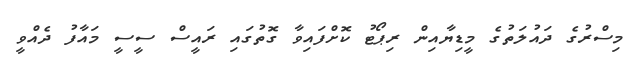
މިސްރުގެ ދައުލަތުގެ މީޑިޔާއިން ރިޕޯޓު ކޮށްފައިވާ ގޮތުގައި ރައީސް ސީސީ މައާފު ދެއްވީ